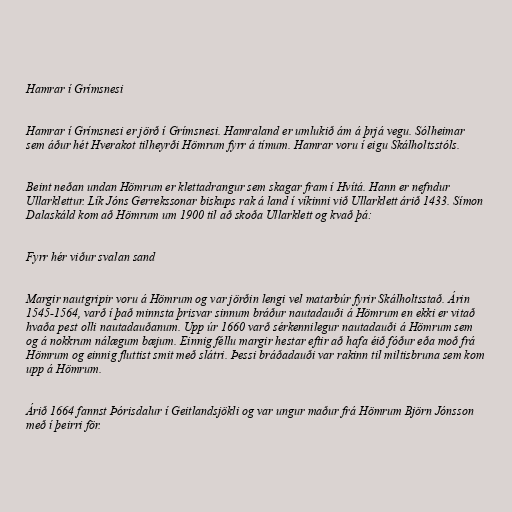
Hamrar í Grímsnesi

Hamrar í Grímsnesi er jörð í Grímsnesi. Hamraland er umlukið ám á þrjá vegu. Sólheimar
sem áður hét Hverakot tilheyrði Hömrum fyrr á tímum. Hamrar voru í eigu Skálholtsstóls.

Beint neðan undan Hömrum er klettadrangur sem skagar fram í Hvítá. Hann er nefndur
Ullarklettur. Lík Jóns Gerrekssonar biskups rak á land í víkinni við Ullarklett árið 1433. Símon
Dalaskáld kom að Hömrum um 1900 til að skoða Ullarklett og kvað þá:

Fyrr hér viður svalan sand

Margir nautgripir voru á Hömrum og var jörðin lengi vel matarbúr fyrir Skálholtsstað. Árin
1545-1564, varð í það minnsta þrisvar sinnum bráður nautadauði á Hömrum en ekki er vitað
hvaða pest olli nautadauðanum. Upp úr 1660 varð sérkennilegur nautadauði á Hömrum sem
og á nokkrum nálægum bæjum. Einnig féllu margir hestar eftir að hafa éið fóður eða moð frá
Hömrum og einnig fluttist smit með slátri. Þessi bráðadauði var rakinn til miltisbruna sem kom
upp á Hömrum.

Árið 1664 fannst Þórisdalur í Geitlandsjökli og var ungur maður frá Hömrum Björn Jónsson
með í þeirri för.